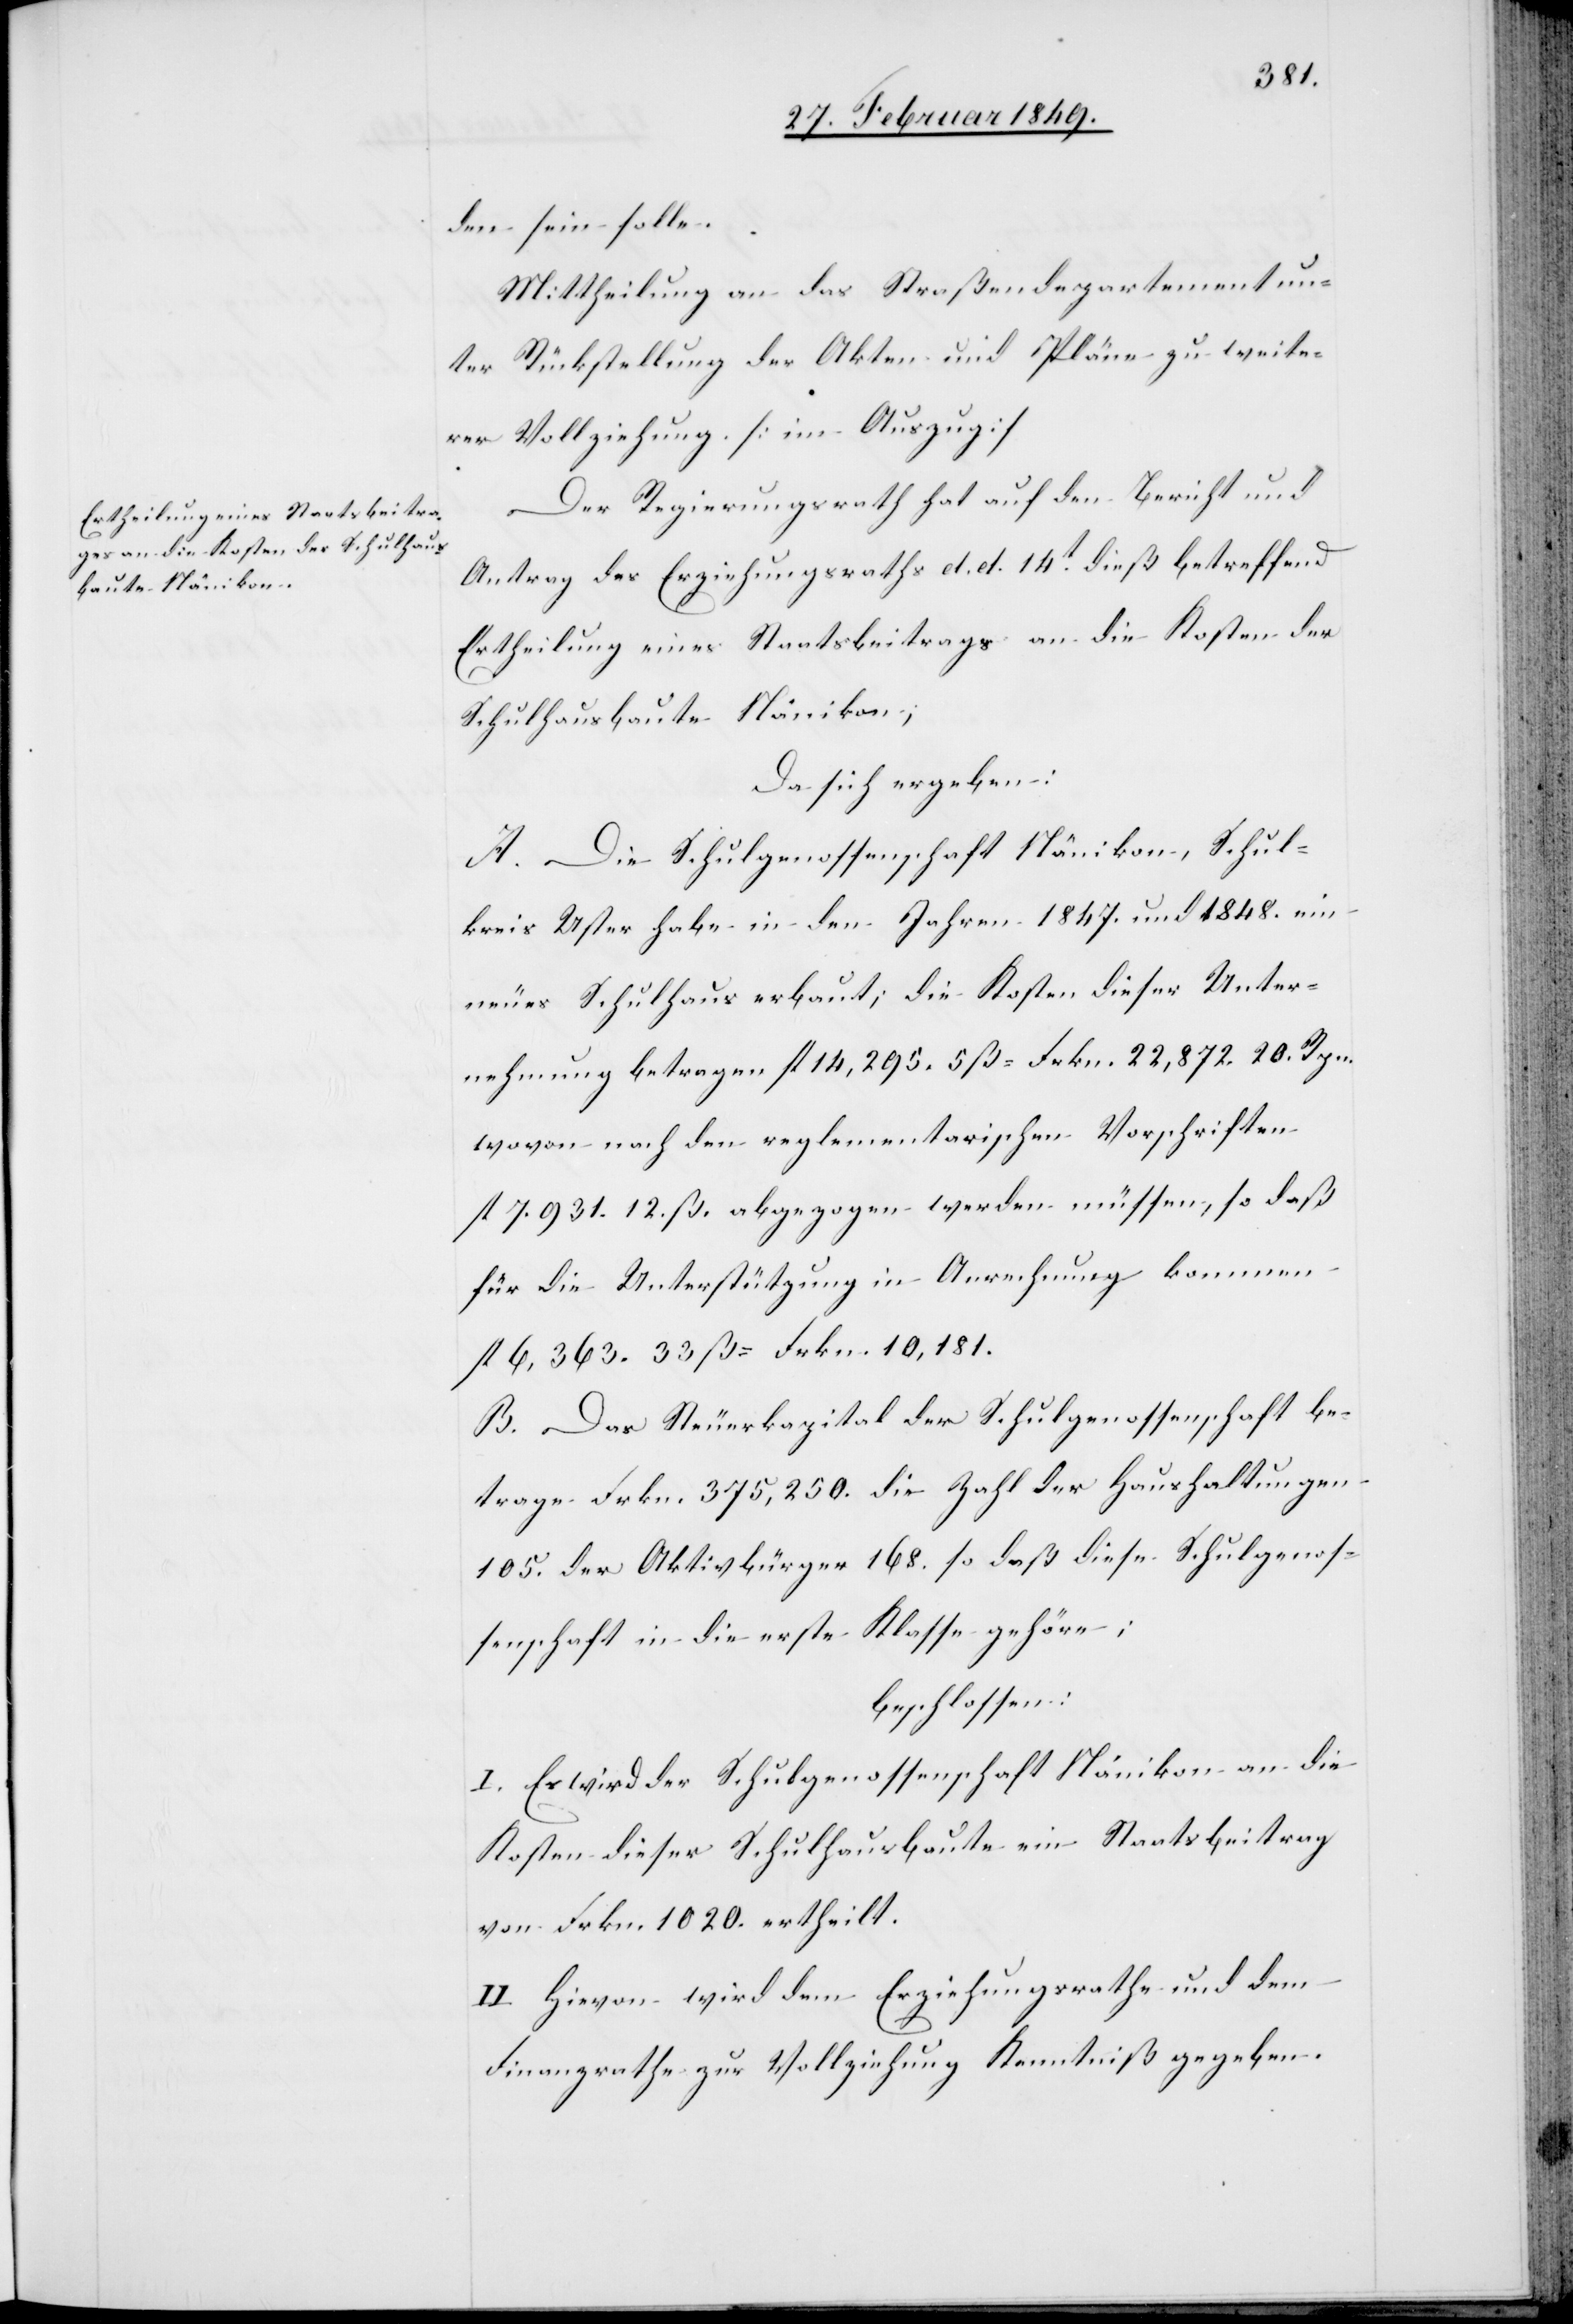
den sein solle.
Mittheilung an das Straßendepartement un¬
ter Rückstellung der Akten und Pläne zu weite¬
rer Vollziehung. [im Auszug[
Der Regierungsrath hat auf den Bericht und
Antrag des Erziehungsrathes d. d. 14t. dieß betreffend
Ertheilung eines Staatsbeitrags an die Kosten der
Schulhausbaute Nänikon;
Da sich ergeben:
A. Die Schulgenossenschaft Nänikon, Schul¬
kreis Uster habe in den Jahren 1847. und 1848. ein
neues Schulhaus erbaut; die Kosten dieser Unter¬
nehmung betragen fl. 14,295. 5 ß = Frkn. 22,872. 20. Rpn.
wovon nach den reglementarischen Vorschriften
fl. 7.931. 12. ß abgezogen werden müssen, so daß
für die Unterstützung in Anrechnung kommen
fl. 6,363. 33 ß = Frkn. 10,181.
B. Das Steuerkapital der Schulgenossenschaft be¬
trage Frkn. 375,250. die Zahl der Haushaltungen
105. der Aktivbürger 168. so daß diese Schulgenos¬
senschaft in die erste Klasse gehöre;
beschlossen:
I. Es wird der Schulgenossenschaft Nänikon an die
Kosten dieser Schulhausbaute ein Staatsbeitrag
von Frkn. 1020. ertheilt.
II. Hievon wird dem Erziehungsrathe und dem
Finanzrathe zur Vollziehung Kenntniß gegeben.